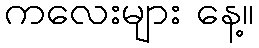
ကလေးများ နေ့။